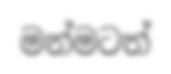
මන්මටත්